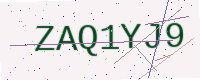
Text: ZAQ1YJ9